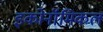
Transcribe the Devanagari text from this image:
इकोनॉमिकल